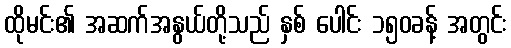
ထိုမင်း၏ အဆက်အနွယ်တို့သည် နှစ် ပေါင်း ၁၅၀ခန့် အတွင်း